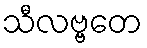
သီလဗ္ဗတေ